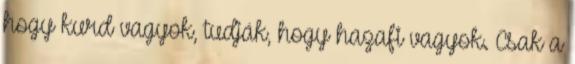
hogy kurd vagyok, tudják, hogy hazafi vagyok. Csak a